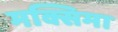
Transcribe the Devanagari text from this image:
मक्सिमा